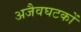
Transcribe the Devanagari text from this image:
अजैवघटकों